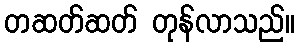
တဆတ်ဆတ် တုန်လာသည်။